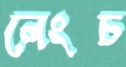
লেংচ